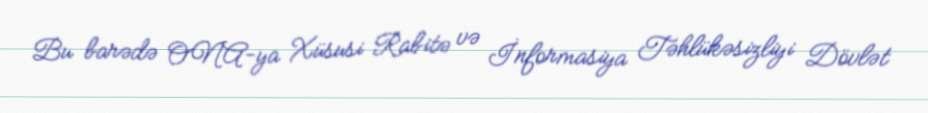
Bu barədə ONA-ya Xüsusi Rabitə və İnformasiya Təhlükəsizliyi Dövlət